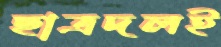
ছাত্রদলই